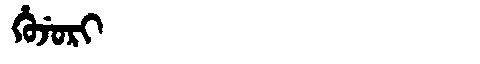
Manchu: ᡥᡠᠵᡠᡵᡳ
Romanization: HUJURI